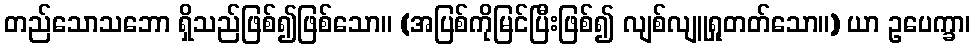
တည်သောသဘော ရှိသည်ဖြစ်၍ဖြစ်သော။ (အပြစ်ကိုမြင်ပြီးဖြစ်၍ လျစ်လျူရှုတတ်သော။) ယာ ဥပေက္ခာ၊